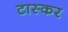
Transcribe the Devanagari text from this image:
टास्कर